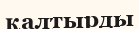
қалтырды